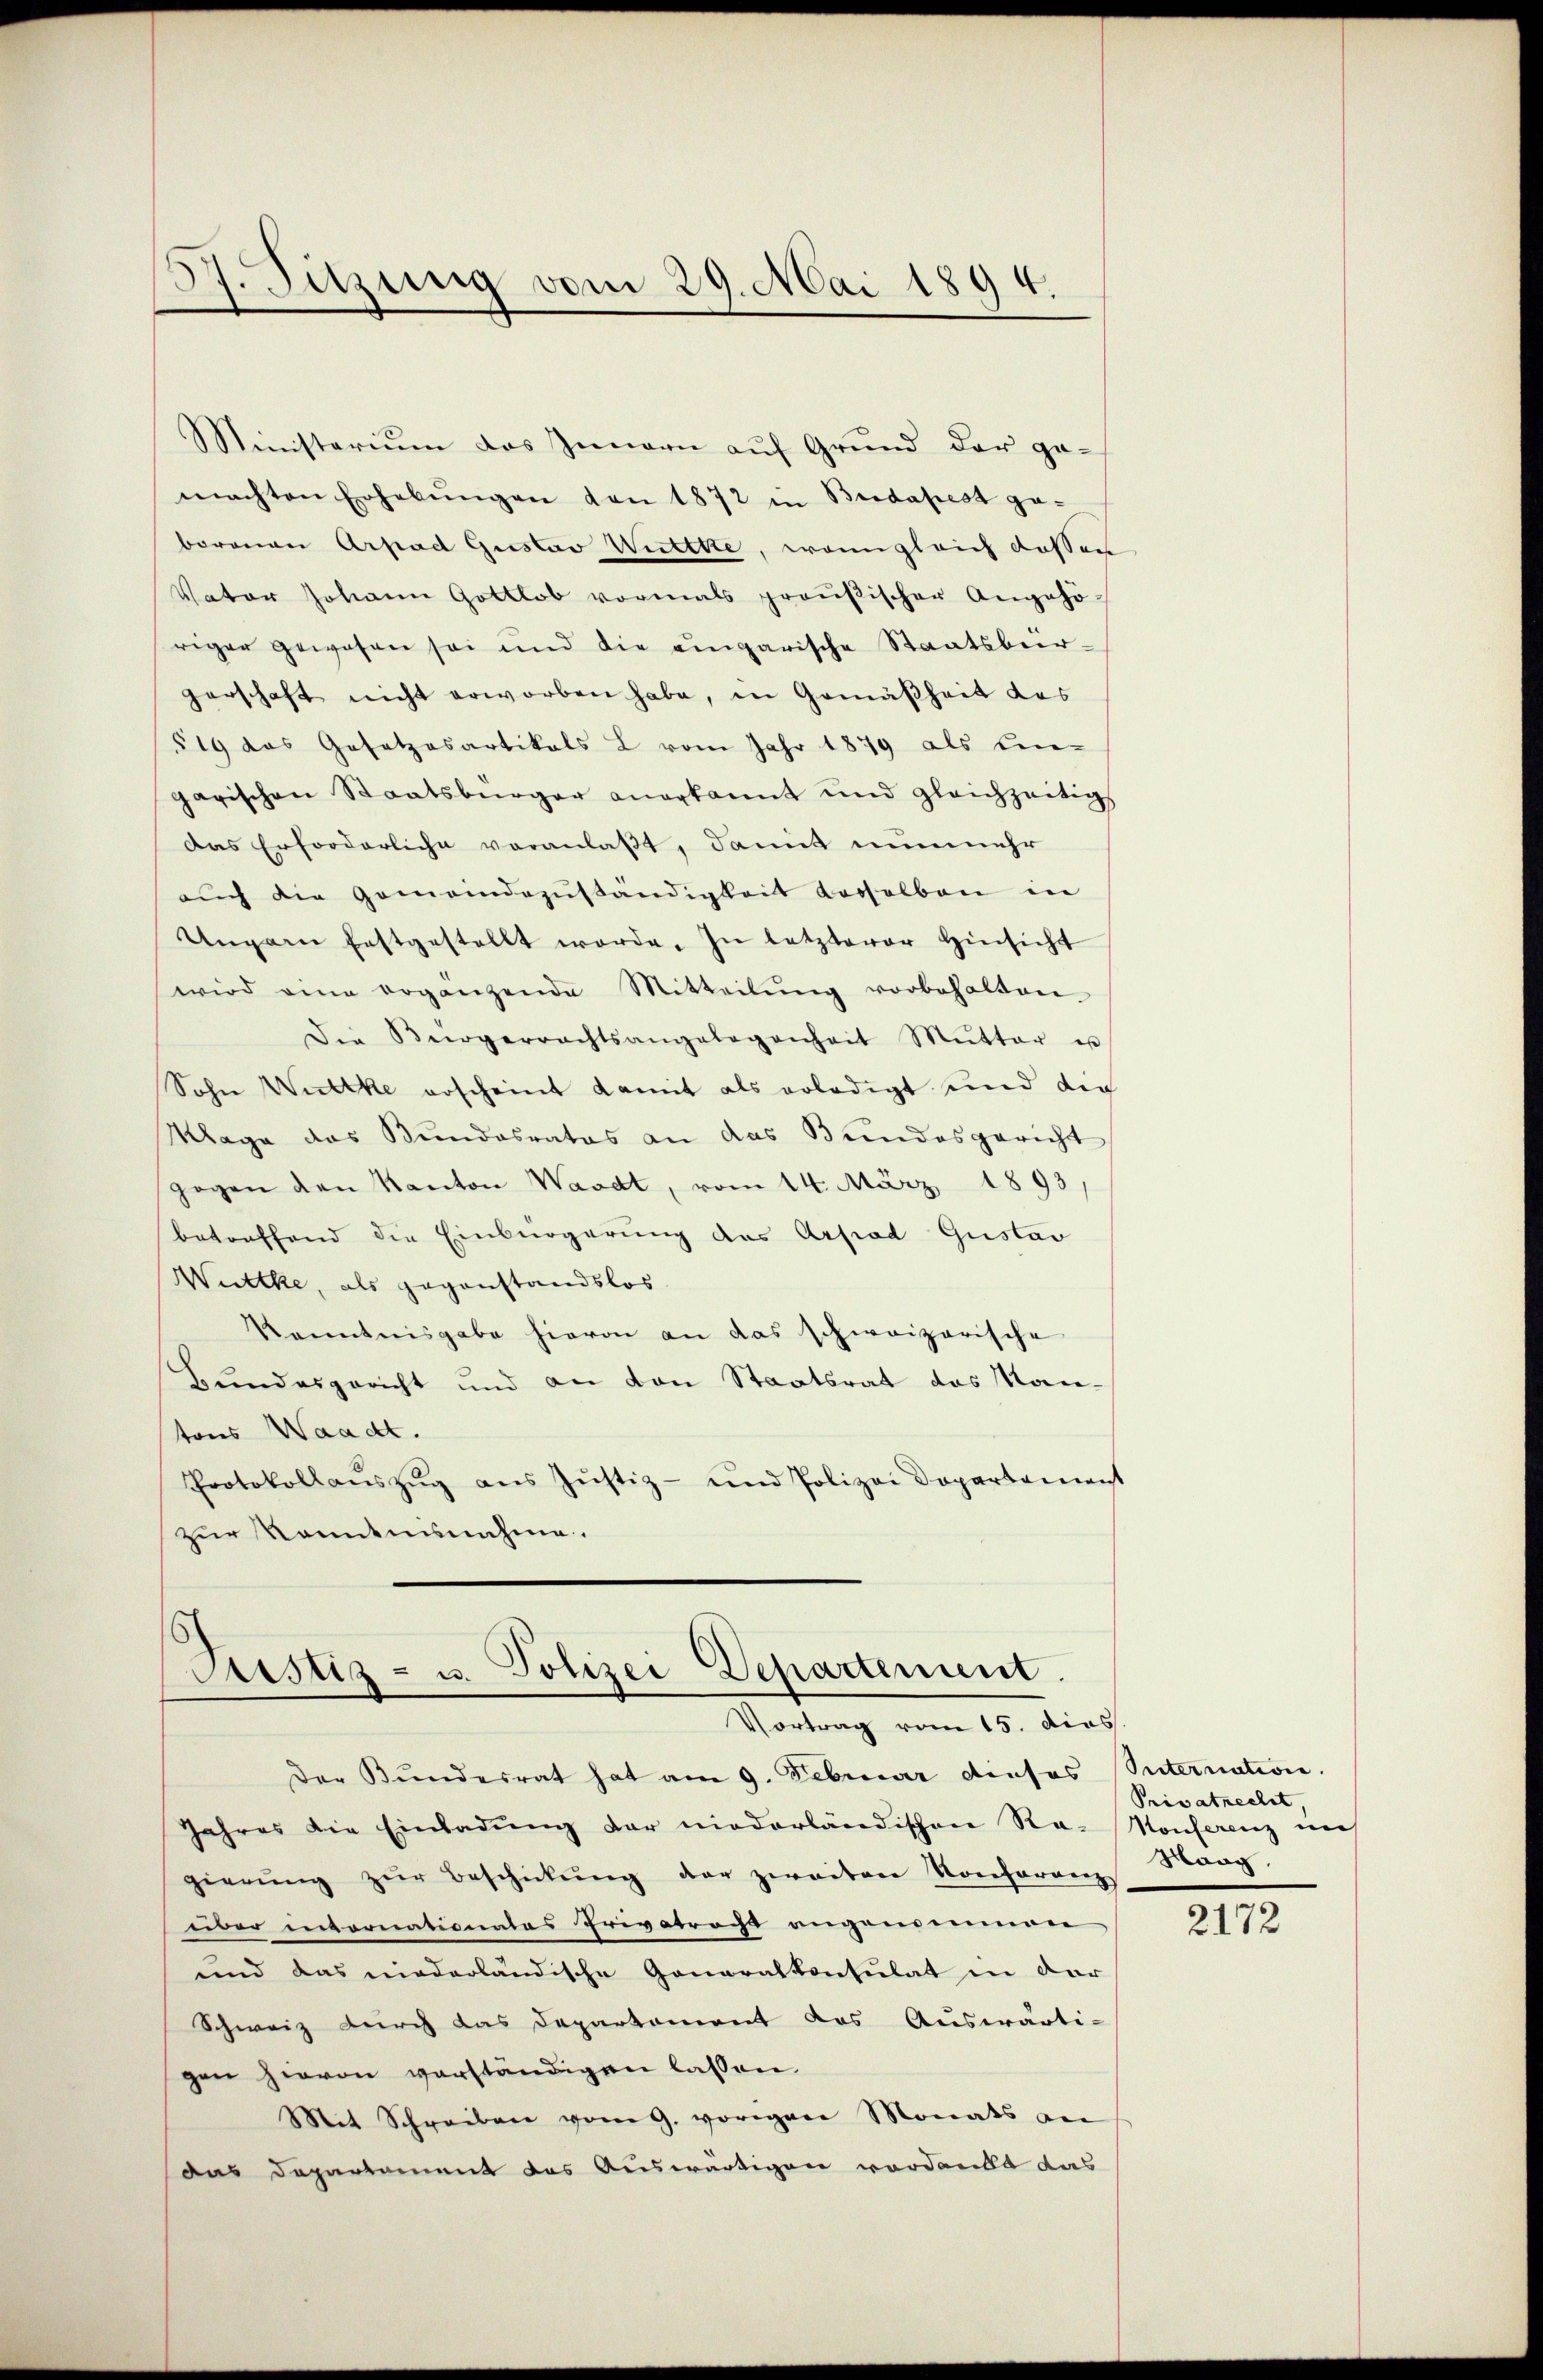
37. Sitzung vom 29. Mai 1894.

Ministerium das Innern aŭf Grŭnd der ge-
machten Erhebŭngen von 1872 in Bridapest ge-
borenen Arpad Gustav Wittke, wenngleich dessens
Vater Johann Gottlob vormals preußischer Angehö-
riger gewesen sei und die eingarische Staatsbürzerschaft nicht erworben habe, in Gemäßheit des
519 das Gesetzesartikals L vom Jahr 1879 als Ein-
garischen Staatsbürger anerkannt und gleichzeitig
Das Erforderliche veranlaßt, damit nunmehr
aŭch die Gemeindazŭständigkeit desselben in
Ungarn festgestellt werde. In letzterer Hinsicht
wird eine erganzende Mitteilŭng vorbehalten.
Die Bürgerrachtsangelegenheit Mŭtter u
Sohn Wittke erscheint damit als erledigt und die
Klage das Bundesrates an das Bundesgericht
gegen den Kanton Waadt, vom 14. März 1893
betreffend die Einbürgerung des Arpad Gustav
Wüttke, als gegenstandslos.
Kenntnisgabe hievon an das schweizerische
Bundesgericht und an von Staatsrat das Kantons Waadt.
Protokollaŭszŭg aŭs Jŭstiz- und Polizei Departement
zur Kenntnisnahme.

Justiz- u. Polizei Departement.
Vortrag vom 15. dies.

Der Bŭndesrat hat am 9. Februar dieses Suternation.
Jahres die Einladŭng der niederländischen Ra-Konferenz im
gierŭng zŭr Beschickŭng der zweiten Konferenzs
über intornationates Privatrecht angenommen
und das niederländische Generalkonsulat in der
Schweiz durch das Departement das Auswärti-
gen hievon verständigen lassen.
Mit Schreiben vom 9. vorigen Monats an
das Departament das Auswärtigen verdankt das

Privatrecht,
Maag,

2172